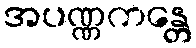
အပဏ္ဏကန္တေ